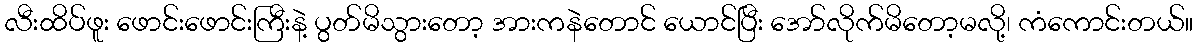
လီးထိပ်ဖူး ဖောင်းဖောင်းကြီးနဲ့ ပွတ်မိသွားတော့ အားကနဲတောင် ယောင်ပြီး အော်လိုက်မိတော့မလို့၊ ကံကောင်းတယ်။